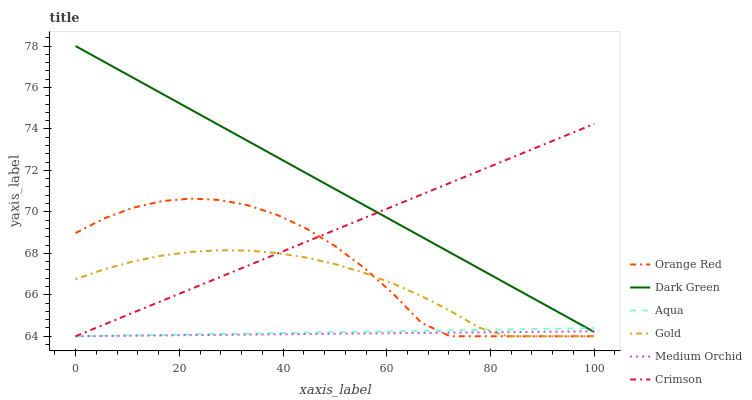
| xaxis_label | Orange Red | Dark Green | Aqua | Gold | Medium Orchid | Crimson |
 | --- | --- | --- | --- | --- | --- | --- |
 | 0 | 69 | 78 | 64 | 66.8 | 64 | 64 |
 | 5.56 | 69.7 | 77.2 | 64 | 67.2 | 64 | 64.6 |
 | 11.1 | 70.2 | 76.5 | 64 | 67.6 | 64 | 65.1 |
 | 16.7 | 70.5 | 75.7 | 64.1 | 67.9 | 64 | 65.7 |
 | 22.2 | 70.6 | 74.9 | 64.1 | 68.1 | 64.1 | 66.3 |
 | 27.8 | 70.6 | 74.2 | 64.1 | 68.1 | 64.1 | 66.8 |
 | 33.3 | 70.3 | 73.4 | 64.1 | 68.1 | 64.1 | 67.4 |
 | 38.9 | 69.9 | 72.6 | 64.2 | 68 | 64.1 | 68 |
 | 44.4 | 69.2 | 71.9 | 64.2 | 67.8 | 64.1 | 68.6 |
 | 50 | 68.4 | 71.1 | 64.2 | 67.5 | 64.1 | 69.1 |
 | 55.6 | 67.3 | 70.3 | 64.2 | 67.1 | 64.1 | 69.7 |
 | 61.1 | 66.1 | 69.6 | 64.2 | 66.6 | 64.1 | 70.3 |
 | 66.7 | 64.7 | 68.8 | 64.3 | 65.9 | 64.2 | 70.8 |
 | 72.2 | 64 | 68 | 64.3 | 65.2 | 64.2 | 71.4 |
 | 77.8 | 64 | 67.3 | 64.3 | 64.4 | 64.2 | 72 |
 | 83.3 | 64 | 66.5 | 64.3 | 64 | 64.2 | 72.5 |
 | 88.9 | 64 | 65.7 | 64.3 | 64 | 64.2 | 73.1 |
 | 94.4 | 64 | 65 | 64.4 | 64 | 64.2 | 73.7 |
 | 100 | 64 | 64.2 | 64.4 | 64 | 64.2 | 74.2 |